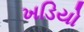
ખડિયો